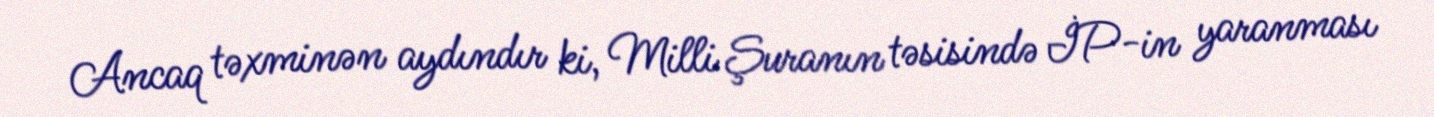
Ancaq təxminən aydındır ki, Milli Şuranın təsisində İP-in yaranması